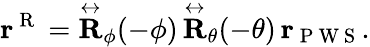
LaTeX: \mathbf{r}^{\mathrm{~R~}}=\overset\leftrightarrow{\mathbf{R}}_{\phi}(-\phi)\, \overset\leftrightarrow{\mathbf{R}}_{\theta}(-\theta)\, \mathbf{r}_{\mathrm{~P~W~S~}}.